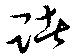
賭